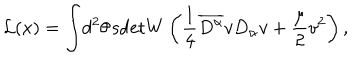
\mathcal { L } ( x ) = \int \! d ^ { 2 } \theta \, \mathrm { s d e t } W \left( \frac { 1 } { 4 } \overline { { { D ^ { \alpha } } } } v D _ { \alpha } v + \frac { \mu } { 2 } v ^ { 2 } \right) ,